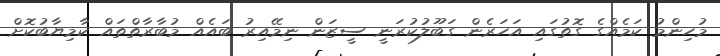
މުހިންމު ކަމެއްގެ ގޮތުގައި އަހަރެން ގަބޫލުކުރަނީ ސީޒަން ނިމޭއިރު ބައެއް މުބާރާތްތައް ކާމިޔާބުކޮށް